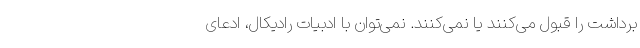
برداشت را قبول می‌کنند یا نمی‌کنند. نمی‌توان با ادبیات رادیکال، ‌ادعای